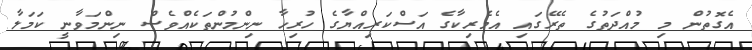
އެގޮތުން މި މުއްދަތުގެ ތެރޭގައި އެމެރިކާގެ އަސްކަރިއްޔާގެ ހުރިހާ ނިންމުންތަކެއްވެސް ނިންމަވާނީ ކަމަލާ